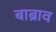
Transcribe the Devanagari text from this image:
बाब्राव